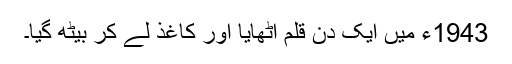
1943ء میں ایک دن قلم اٹھایا اور کاغذ لے کر بیٹھ گیا۔